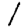
Digit: 1